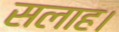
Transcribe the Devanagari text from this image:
सलाह।